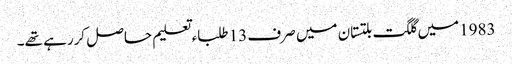
1983میں گلگت بلتستان میں صرف 13 طلباء تعلیم حاصل کررہے تھے۔